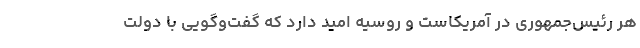
هر رئیس‌جمهوری در آمریکاست و روسیه امید دارد که گفت‌وگویی با دولت